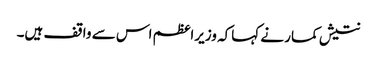
نتیش کمار نے کہاکہ وزیراعظم اس سے واقف ہیں۔